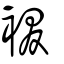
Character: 裰